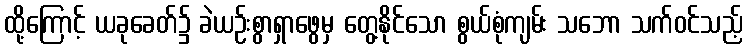
ထို့ကြောင့် ယခုခေတ်၌ ခဲယဉ်းစွာရှာဖွေမှ တွေ့နိုင်သော စွယ်စုံကျမ်း သဘော သက်ဝင်သည့်